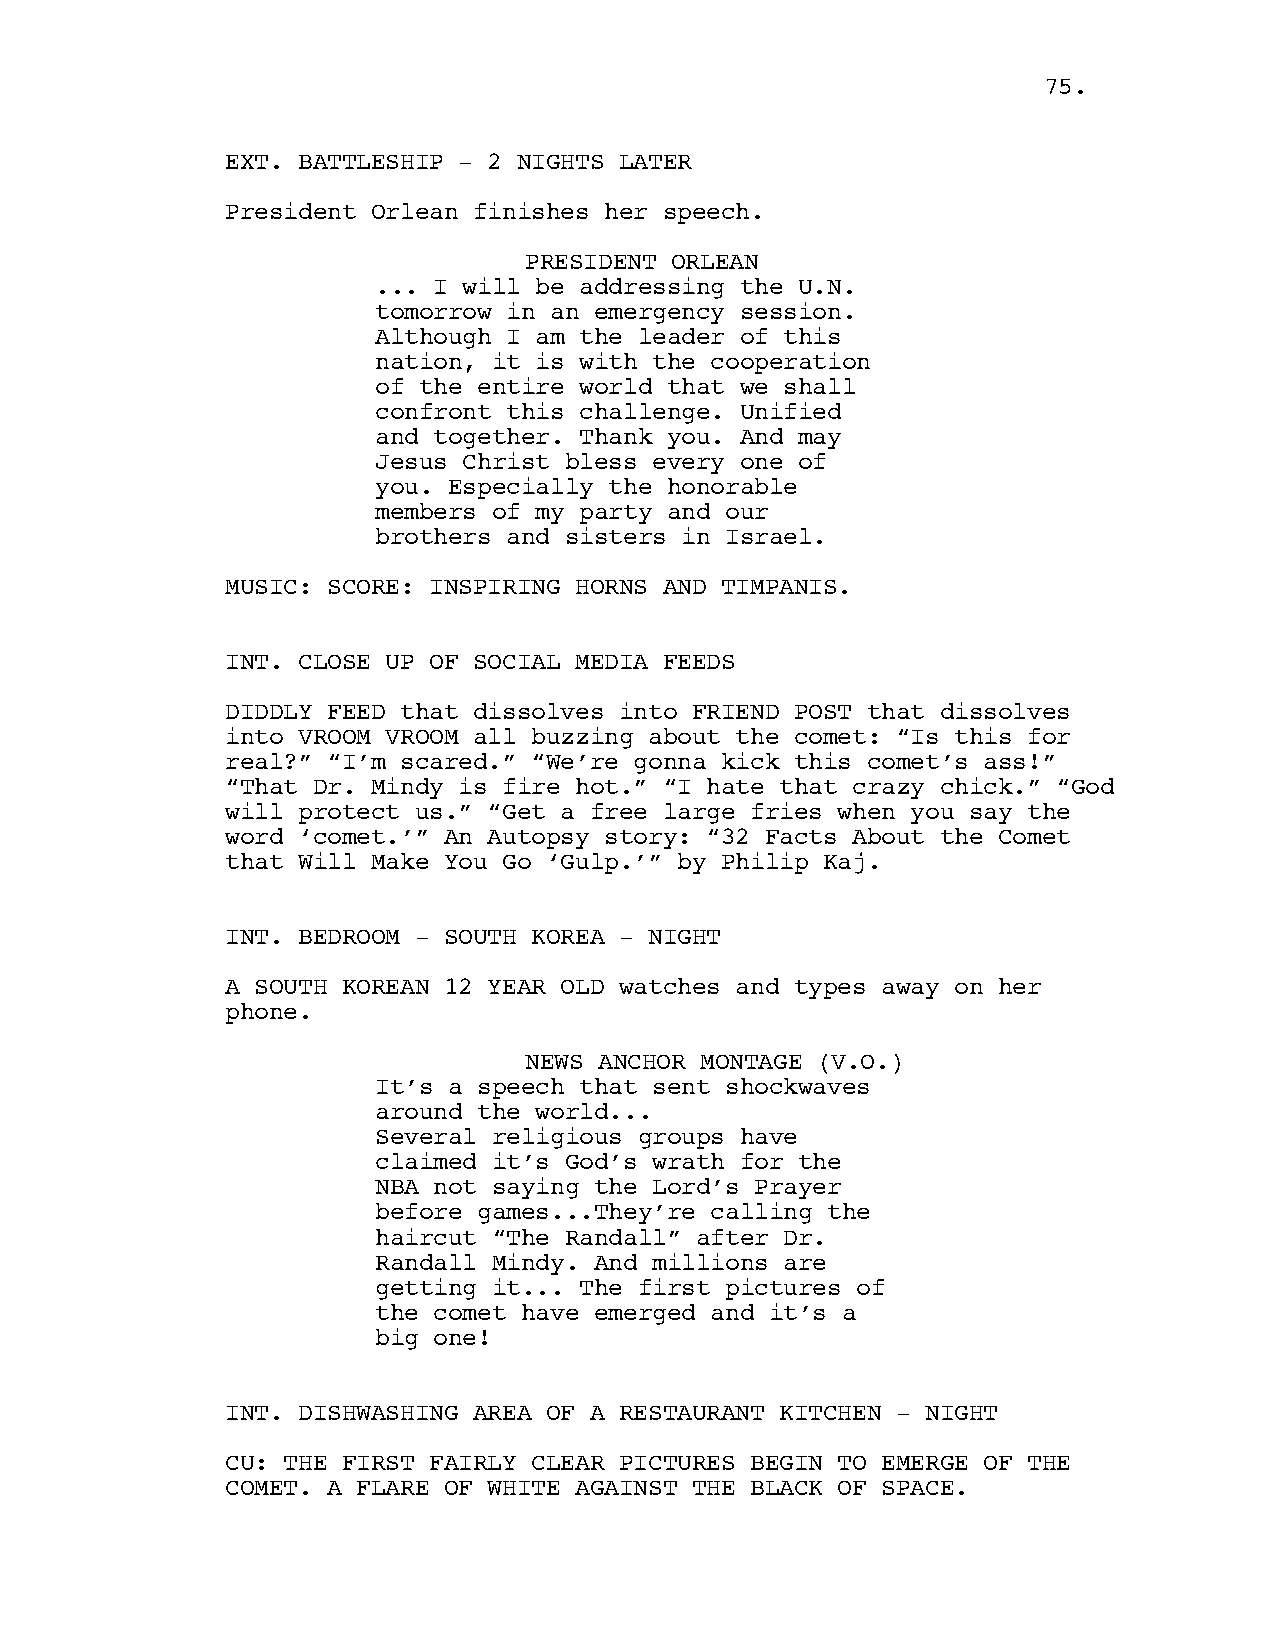
7755..
 EXT. BATTLESHIP - 2 NIGHTS LATER
 President Orlean finishes her speech.
 PRESIDENT ORLEAN
 ... I will be addressing the U.N.
 tomorrow in an emergency session.
 Although I am the leader of this
 nation, it is with the cooperation
 of the entire world that we shall
 confront this challenge. Unified
 and together. Thank you. And may
 Jesus Christ bless every one of
 you. Especially the honorable
 members of my party and our
 brothers and sisters in Israel.
 MUSIC: SCORE: INSPIRING HORNS AND TIMPANIS.
 INT. CLOSE UP OF SOCIAL MEDIA FEEDS
 DIDDLY FEED that dissolves into FRIEND POST that dissolves
 into VROOM VROOM all buzzing about the comet: “Is this for
 real?” “I’m scared.” “We’re gonna kick this comet’s ass!”
 “That Dr. Mindy is fire hot.” “I hate that crazy chick.” “God
 will protect us.” “Get a free large fries when you say the
 word ‘comet.’” An Autopsy story: “32 Facts About the Comet
 that Will Make You Go ‘Gulp.’” by Philip Kaj.
 INT. BEDROOM - SOUTH KOREA - NIGHT
 A SOUTH KOREAN 12 YEAR OLD watches and types away on her
 phone.
 NEWS ANCHOR MONTAGE (V.O.)
 It’s a speech that sent shockwaves
 around the world...
 Several religious groups have
 claimed it’s God’s wrath for the
 NBA not saying the Lord’s Prayer
 before games...They’re calling the
 haircut “The Randall” after Dr.
 Randall Mindy. And millions are
 getting it... The first pictures of
 the comet have emerged and it’s a
 big one!
 INT. DISHWASHING AREA OF A RESTAURANT KITCHEN - NIGHT
 CU: THE FIRST FAIRLY CLEAR PICTURES BEGIN TO EMERGE OF THE
 COMET. A FLARE OF WHITE AGAINST THE BLACK OF SPACE.